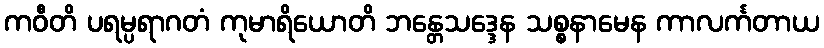
ကဝီတိ ပရမ္ပရာဂတံ ကုမာရိယောတိ ဘန္တေသဒ္ဒေန သစ္စနာမေန ကာလင်္ကတာယ